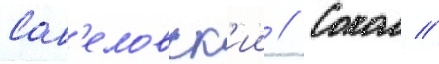
Сав'еловск'ии // Сокол //